Bréfritari: Ásgeir Tryggvi Friðgeirsson
Viðtakandi: Einar Friðgeirsson
Dagsetning: A-1879-11-03
Skrifað á: Garði  S-Þing.
Ásgeir er bróðir Einars

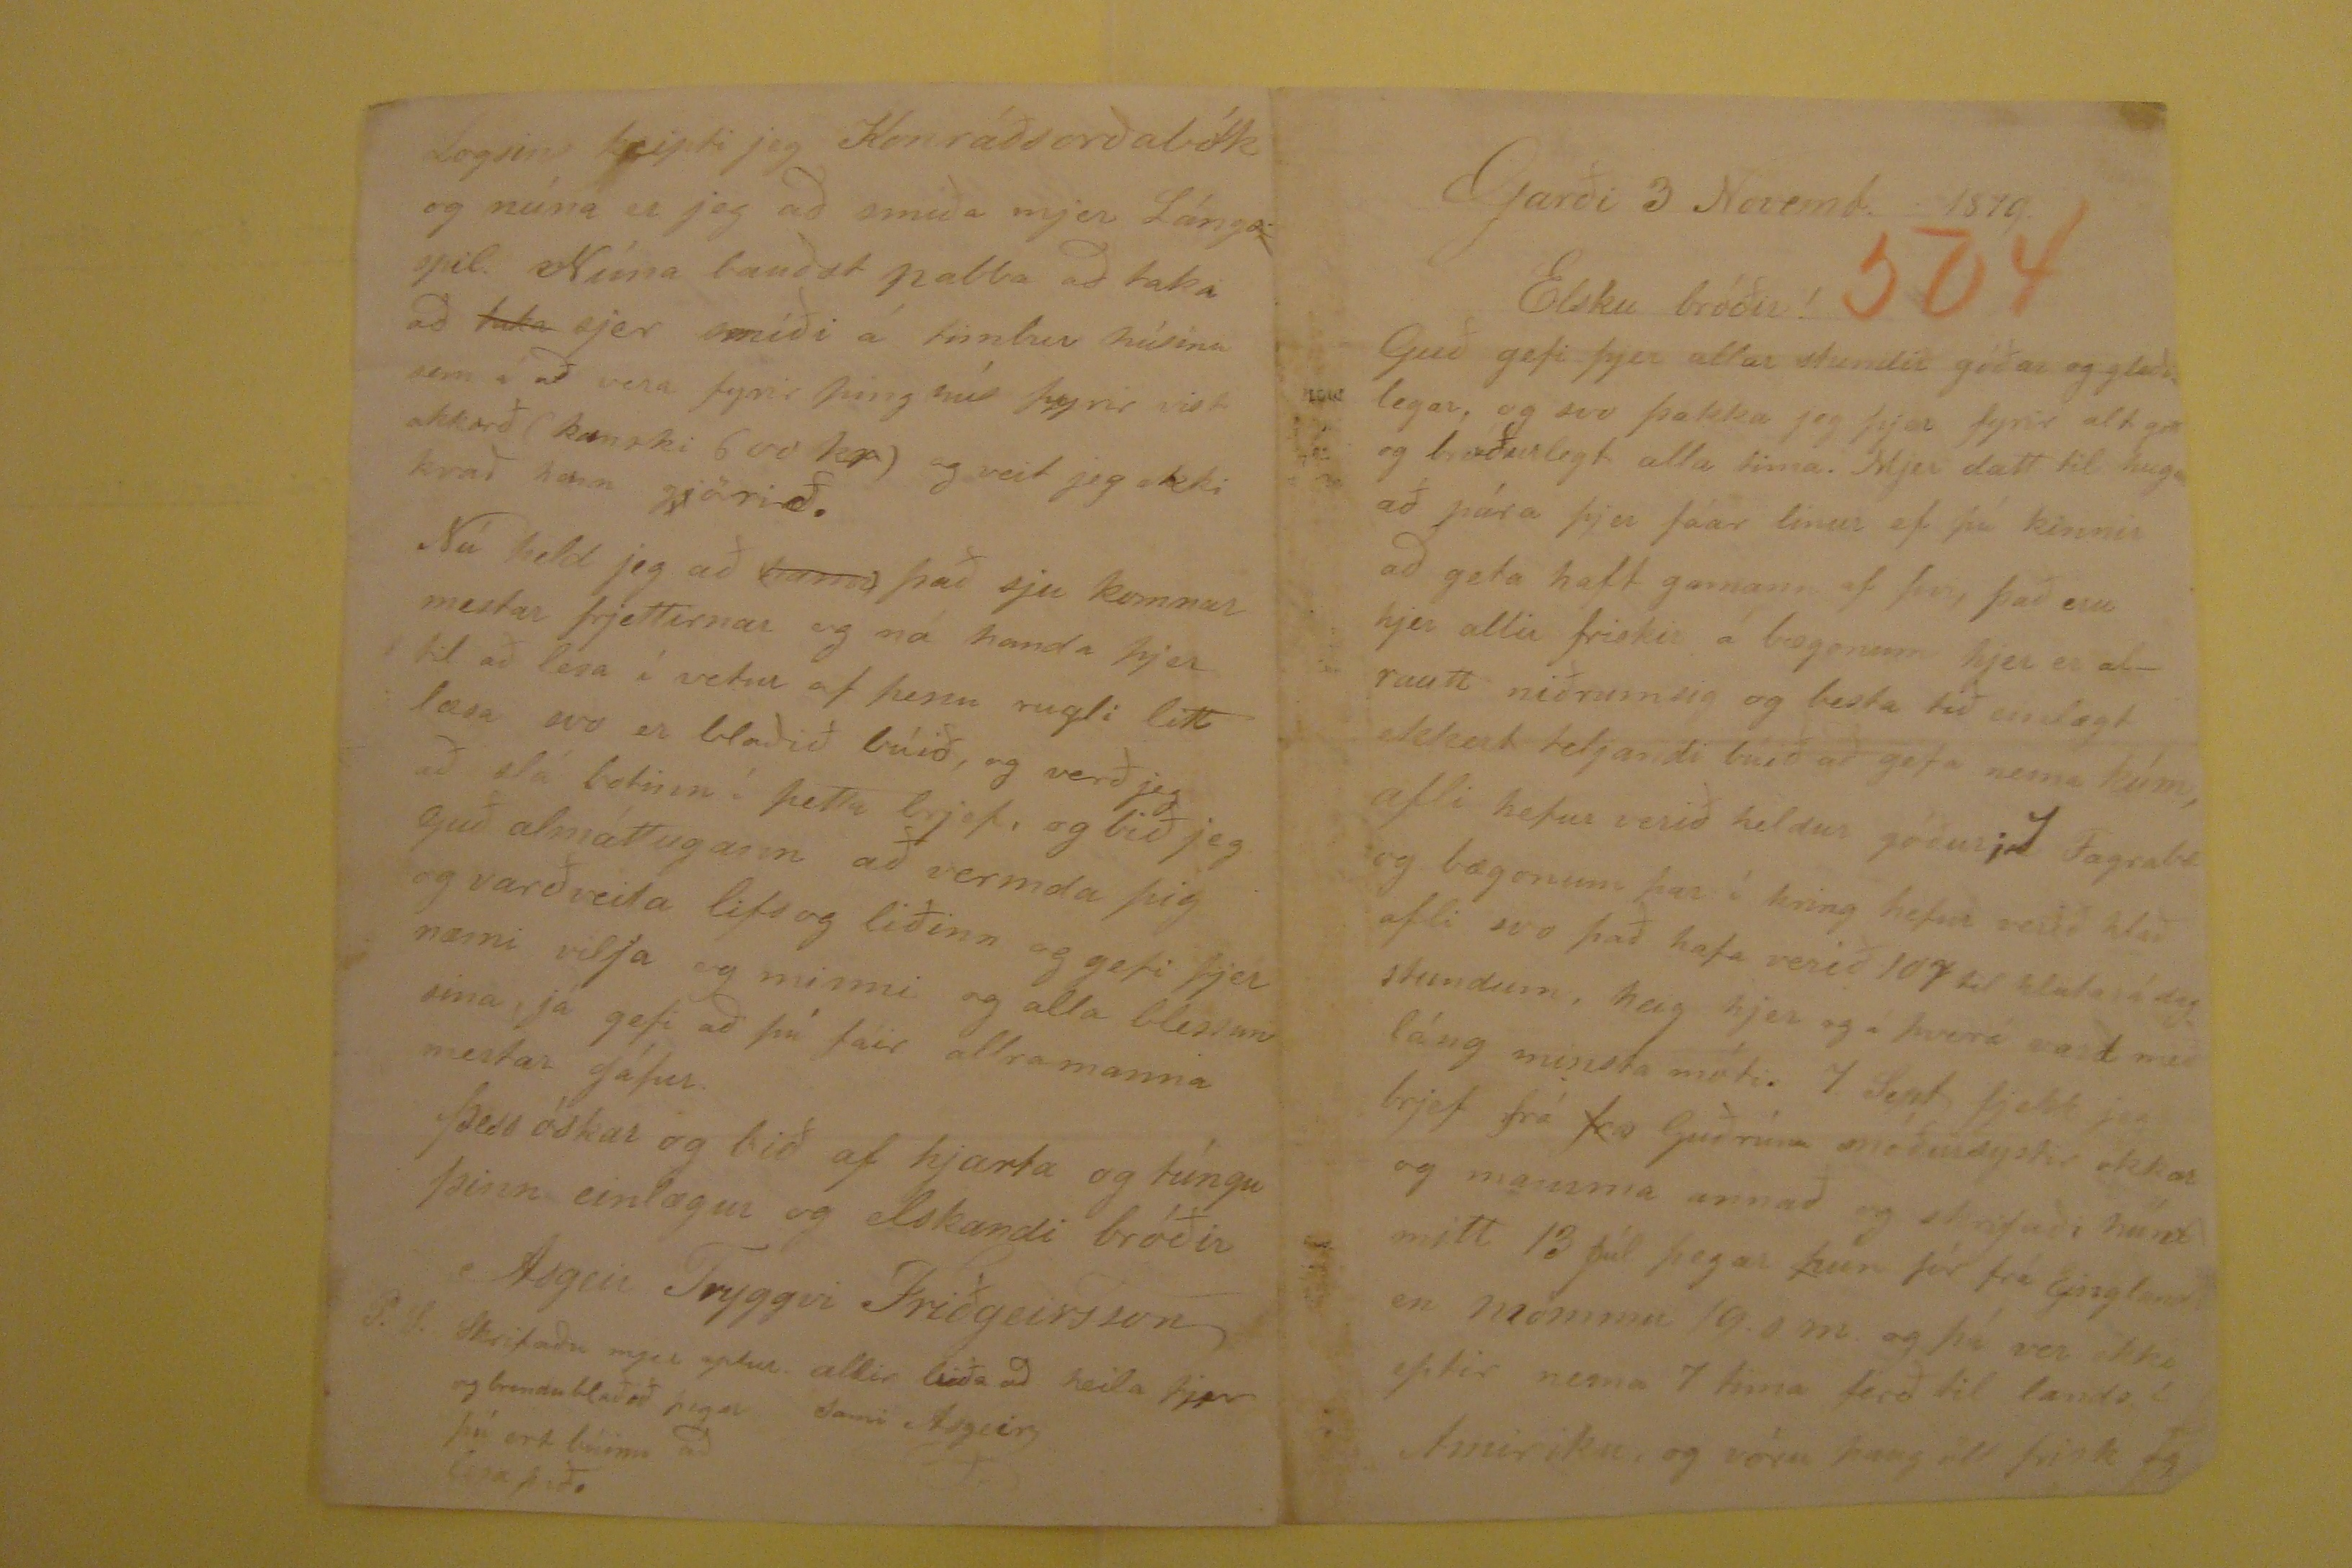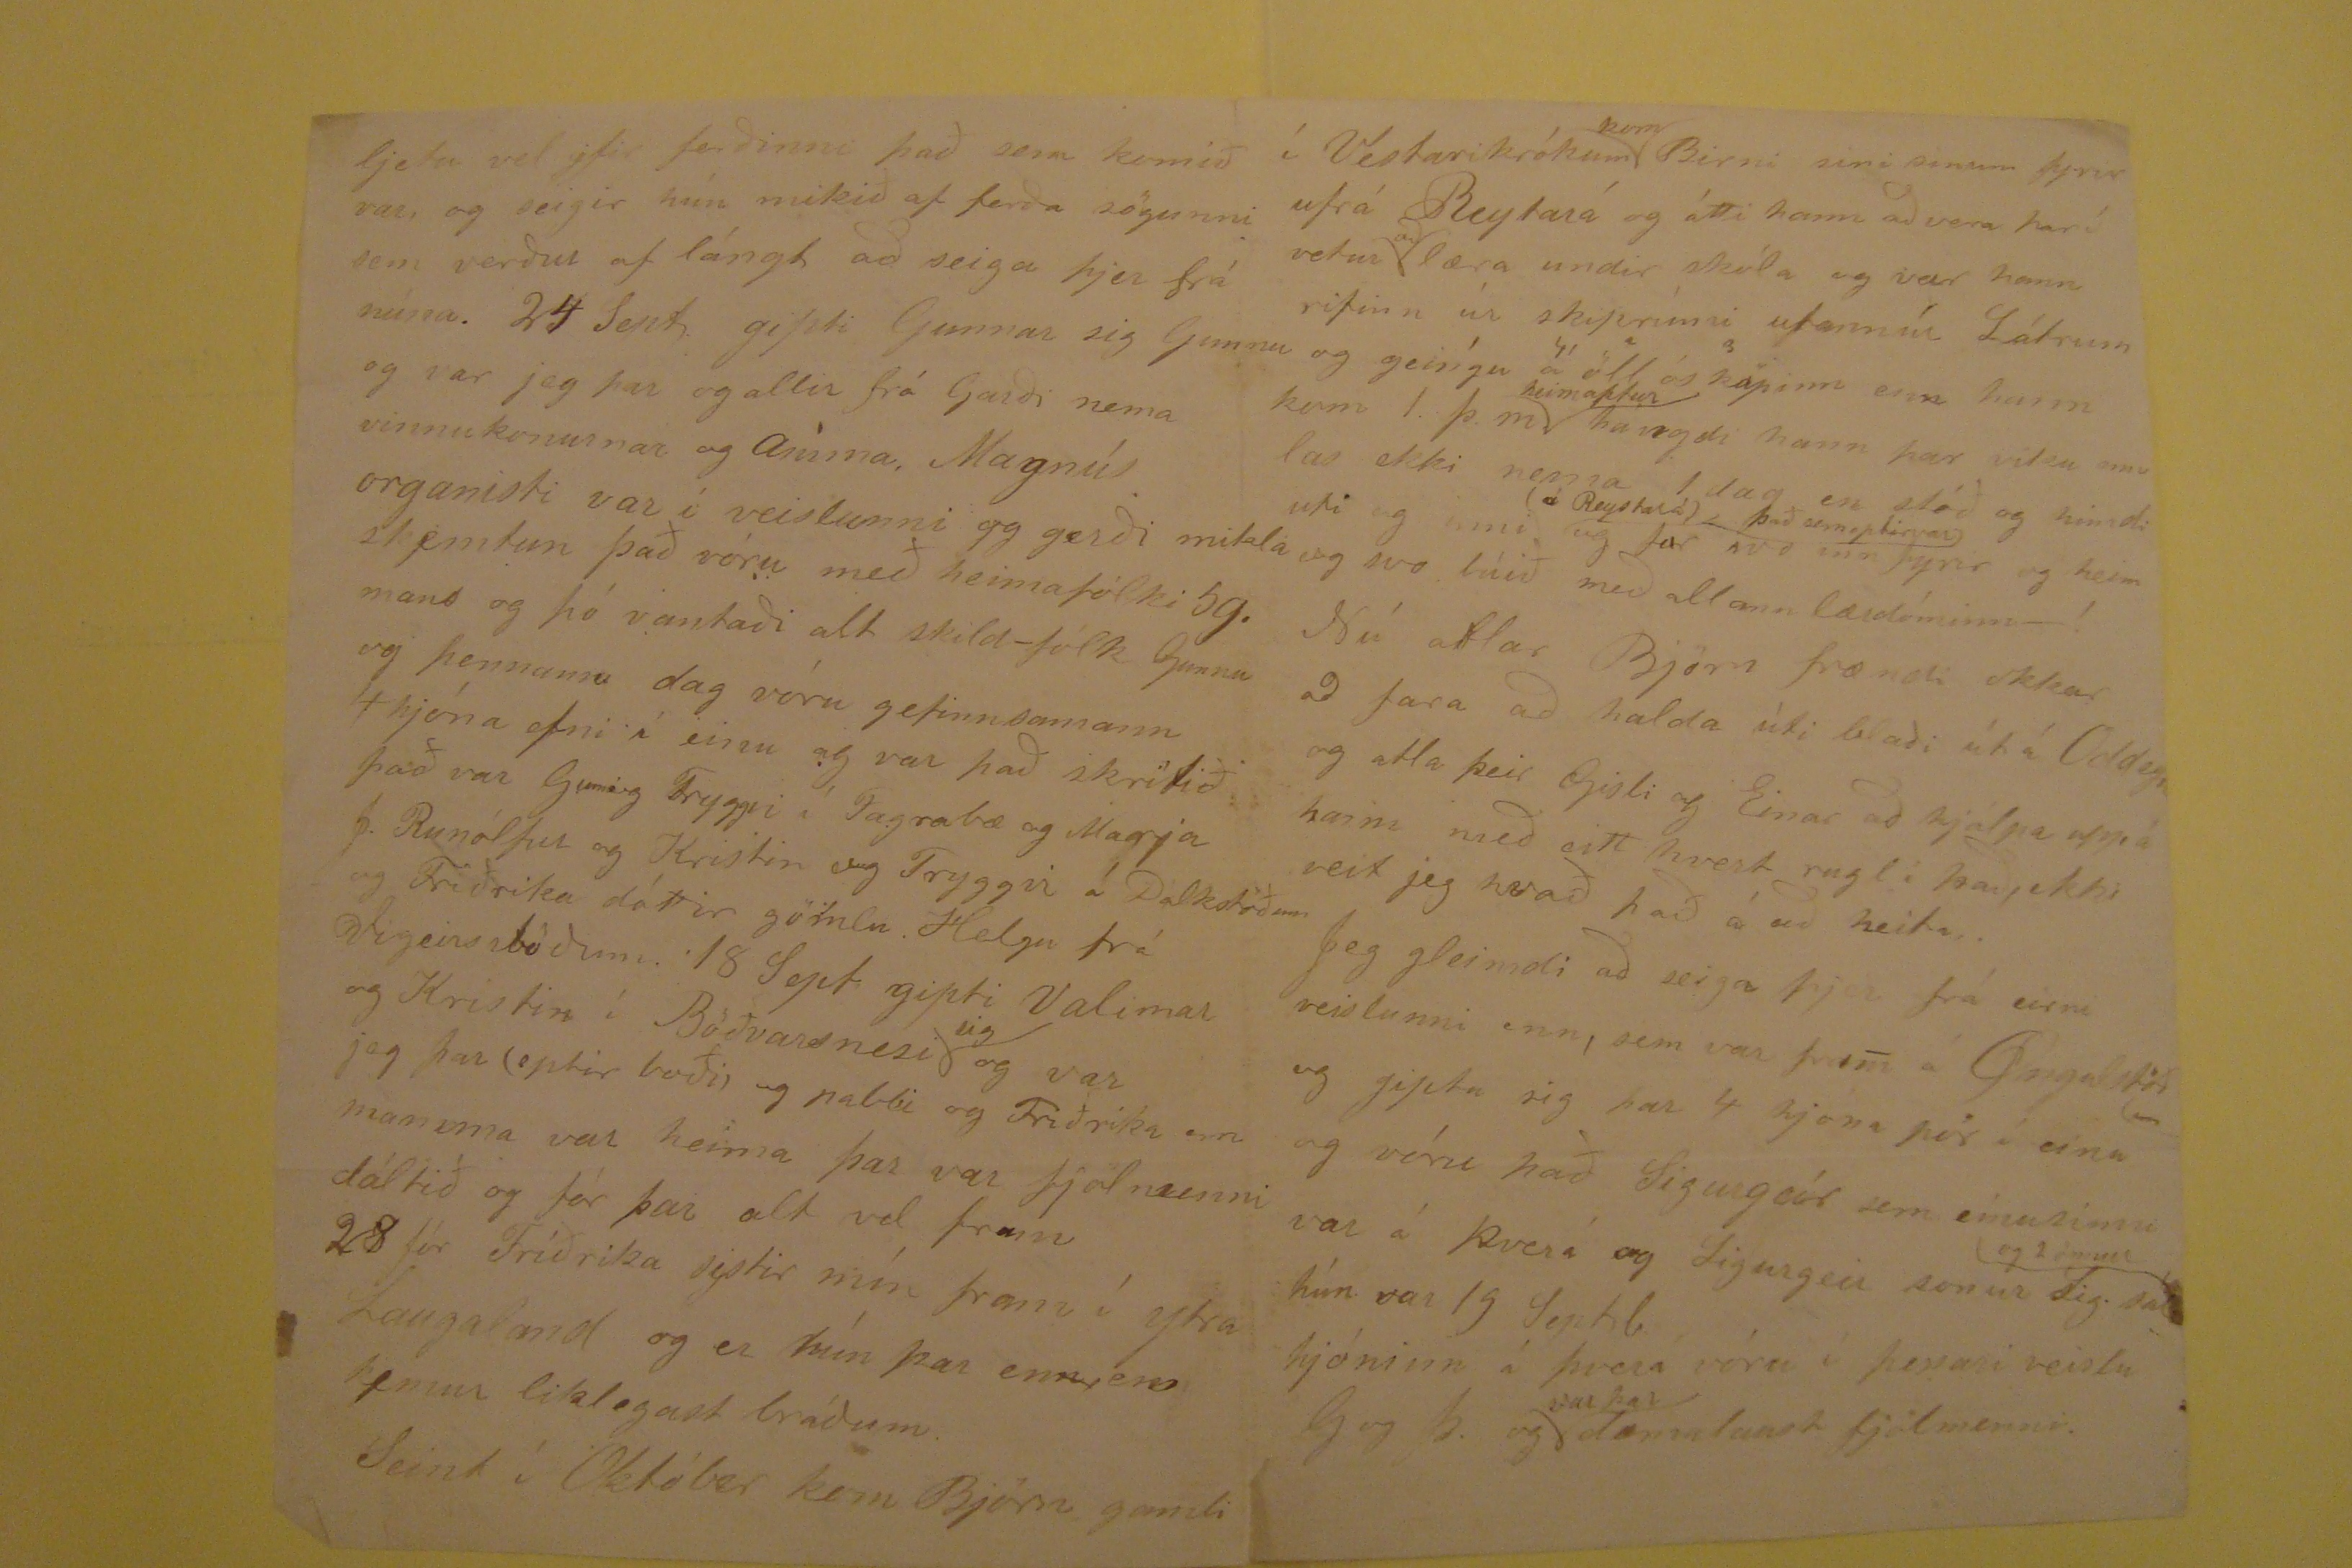

Garði 3 Novemb. 1879
Elsku bróðir!
Guð gefi þjer allar stundir góðar og gleðilegar, og svo þakka jeg þjer fyrir alt gottog bróðurlegt alla tima. Mjer datt til hugar að pára þjer fáar linur ef þú kinnir að
geta haft gamann af þvi, það eru hjer allir friskir á bæonum hjer er alrautt nðrumsig og besta tíð einlægt ekkert teljandi búið að gefa nema kúm, afli hefur verið heldur
góður;
að
Fagrabæ og bæonum þar í kring hefur verið hlað afli svo það hafa verið 107 til hlutará dag láng minsta móti. 7. Sept fjekk jeg brjef
frá
fra
Guðrúnu móðursystir okkar og mamma annað og skrifaði hún
&
mitt 13 Júl þegar hún fór
frá Einglandi en mömmu 19.s.m. og þá ver ekki eptir nema 7 tima ferð til lands í Amiriku, og vóru þaug öll friks og
ljetu vel yfir ferðinni það sem komið var, og seigir hún mikið af ferða sögunni sem verður af lángt að seiga þjer frá núna. 24 Sept gipti GUnnar si Gunnu og var jeg
þar og allir frá Garði nema vinnukonurnar og
Aníma
, Magnús organisti var í veislunni og gerði mikla skjemtun það vóru með heimafólki 59. mans
og þó vantaði alt skild-fólk Gunnu og þennann dag vóru gefinnsamann 4 hjóna efni í einu og var það skrifið það var Gumig Tryggvi í Fagrabæ og Marja og Friðrika
dóttir gömlu HElgu frá Vigeirsstöðum. 18 Sept gipti Valimar og Kristin í Böðvarsnesi
sig
og var jeg þar (eptir boði)
og pabbi og Friðrika enn mamma var heima þar var fjölmenni dálitið og fór þar alt vel fram 28 fór Friðkira systir mín fram í Ytra Laugaland og er hún þar en
hand="scribe" rend="overstrike">n, en kemur liklegast bráðum. Seint í Október kom Björn gamli
í Vestarikrókum
kom
Birni sini sinum fyrir ufrá Reytará og átti hann að vera þar í vetur
place="supralinear">að
læra undir skóla og var hann rifinn úr skiprúmi ufannúr Látrum og geingu á öll ósköpinn en
n hann kom 1. þ.m.
heimaptur
hávegdi hann þar viku enn las ekki nema 1 dag en stóð go himdi uti og inni
(á Reystará)
og fór svo inn fyrir og heim og svo búið með allann lærdóminn - ! Nú atlar Björn frændi okkar að fara að
halda úti blað út á Oddey
ri
og atla þeir Gisli og Einar að hjálpa upp á hann með eitt hvert rugl i það, ekki veit jeg hvað það á að heita, . Jeg
gleimdi að seiga þjer frá eirni veislunni enn, sem var fram á Ongulstöð
um
og gipta sig þar 4 hjona pör í einu og vóru
það Sigurgeir sem eínusinni var á Þverá og Sigurgeir sonur Sig. sál.
og 2 önnur
hún var 19 Septb hjóninn á þverá
vóru í þessari veislu G og Þ. og
var þar
dæmalaust fjölmenni.
Logsins keipti jeg Konráðsorðabók og núna er jeg að smíða mjer Lángspil. Núna bauðst pabba að taka að
taka
sjer
smíði á timbur húsina sem á aðvera fyrir þing hús fyrir vist akkorð (kanski 600 kr) og veit jeg ekki kvað hann g
j
örið.
Nú held jeg að (
hann
) það sju komnar mestar frjettirnar og nó handa þjer til að lesa í vetur af þessu rugli litt læsa svo
er blaðið búið, og verð jeg að slá botinn í þetta brjef, og bið jeg Guð almáttugann að vermda þig og varðveita lifs og liðinn og gefi þjer næmi vilja og minni og alla
blessun sina, já gefi að þú fáir allra manna mestar gáfur. Þess óskar og bið af hjarta og túngu þinn einlægur og elskandi bróðir
Asgeir Tryggvi Friðgeirsson
P.S. Skrifaðu mjer aptur. allir biða að heilsa þjer og brendu blaðið þegar þú ert búinn að lesa það.
Sami Asgeir